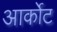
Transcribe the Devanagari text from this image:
आर्कोट